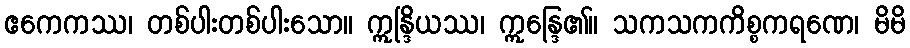
ဧကေကဿ၊ တစ်ပါးတစ်ပါးသော။ ဣန္ဒြိယဿ၊ ဣန္ဒြေ၏။ သကသကကိစ္စကရဏေ၊ မိမိ